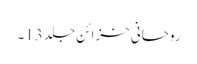
روحانی خزائن جلد 13۔